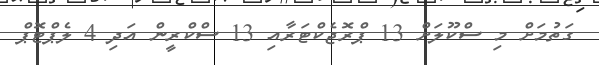
ގަތުމަށް މި ސްކޫލަށް 13 ޕްރޮޖެކްޓަރާއި 13 ސްކްރީން އަދި 4 ލެޕްޓޮޕް